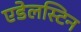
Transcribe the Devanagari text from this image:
एडेलस्टिन